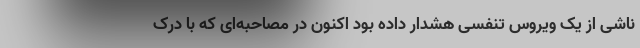
ناشی از یک ویروس تنفسی هشدار داده بود اکنون در مصاحبه‌ای که با دِرِک